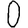
Digit: 0